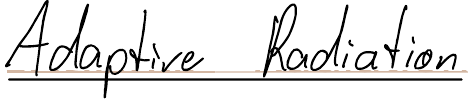
Adaptive Radiation